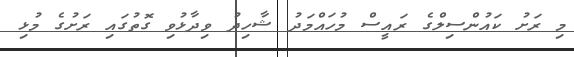
މި ރަށު ކައުންސިލްގެ ރައީސް މުހައްމަދު ޝާހިދު ވިދާޅުވި ގޮތުގައި ރަށުގެ މުޅި